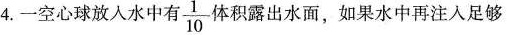
4.一空心球放入水中有 \frac{1}{10} 体积露出水面，如果水中再注入足够